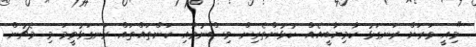
"މިއީ ވަރަށް ރަނގަޅު ކާމިޔާބީއެއް. ކުޅުންތެރިން ވިސްނުމާއި ކަންތައްތައް ރަނގަޅުވީމަ މި މެޗުން